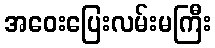
အဝေးပြေးလမ်းမကြီး